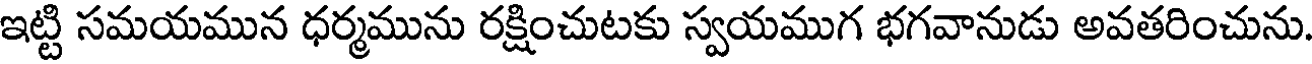
ఇట్టి సమయమున ధర్మమును రక్షించుటకు స్వయముగ భగవానుడు అవతరించును.